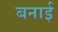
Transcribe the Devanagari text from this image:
बनार्इ